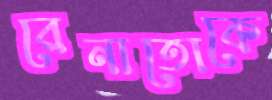
রেনাতোকে